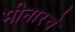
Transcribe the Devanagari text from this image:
मीनारचे